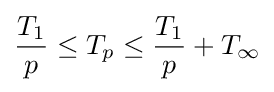
{\frac {T_{1}}{p}}\leq T_{p}\leq {\frac {T_{1}}{p}}+T_{\infty }